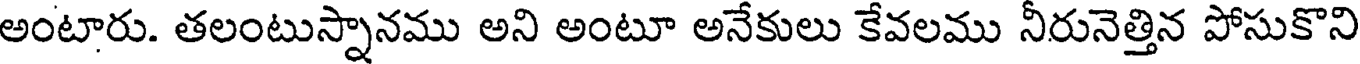
అంటారు. తలంటుస్నానము అని అంటూ అనేకులు కేవలము నీరునెత్తిన పోసుకొని